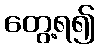
တွေ့ရ၍